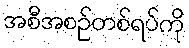
အစီအစဉ်တစ်ရပ်ကို